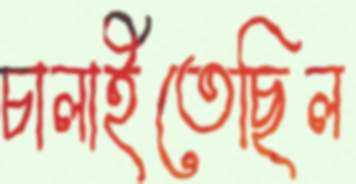
চালাইতেছিল